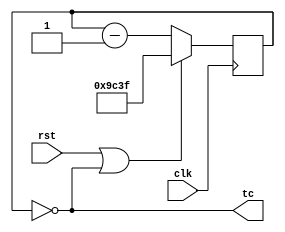
`timescale 1ns / 1ps
//////////////////////////////////////////////////////////////////////////////////
// Company: 
// Engineer: 
// 
// Design Name: 
// Module Name:    cnt_40k 
// Project Name: 
// Target Devices: 
// Tool versions: 
// Description: 
//
// Dependencies: 
//
// Revision: 
// Revision 0.01 - File Created
// Additional Comments: 
//
//////////////////////////////////////////////////////////////////////////////////
module cnt_40k(
    input rst,
    input clk,
    output tc
    );
reg [15:0] q = 39999;

always @(posedge clk)
begin
    if(rst | q == 0 )
        q <= 39999;
    else
        q <= q-1;
end

assign tc = (q == 0);

endmodule